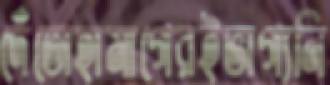
দেঁতোহামাগেরইভাগ্যনি